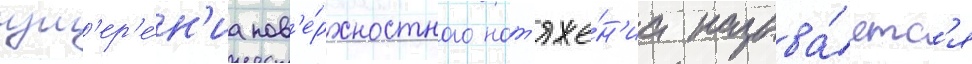
изм'ер'е́н'иа пов'е́рхностного нат'яже́н'иа называ́етс'я